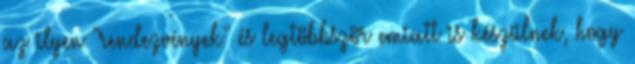
az ilyen "rendezvények" és legtöbbször emiatt is készülnek, hogy